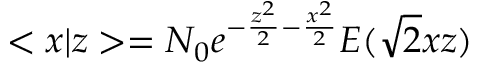
< x | z > = N _ { 0 } e ^ { - \frac { z ^ { 2 } } 2 - \frac { x ^ { 2 } } 2 } E ( \sqrt { 2 } x z )